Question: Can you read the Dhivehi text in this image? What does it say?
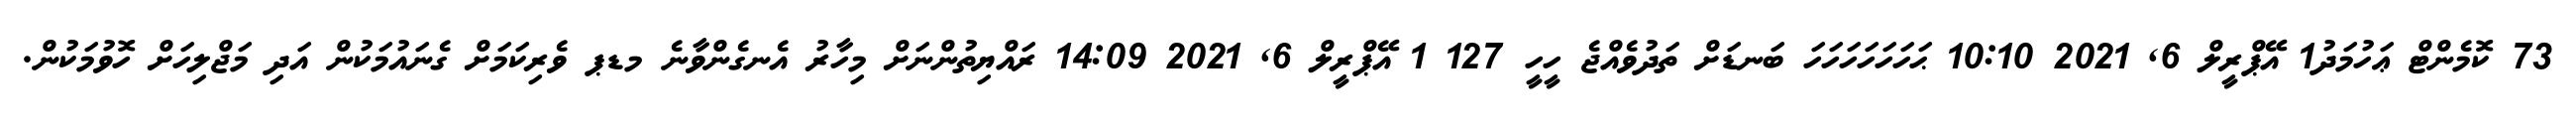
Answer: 73 ކޮމެންޓް ޢަހުމަދު1 އޭޕްރީލް 6, 2021 10:10 ޙަހަހަހަހަހަހަ ބަނޑަށް ތަދުވެއްޖެ ހީހީ 127 1 އޭޕްރީލް 6, 2021 14:09 ރައްޔިތުންނަށް މިހާރު އެނގެންވާނެ މޑޕ ވެރިކަމަށް ގެނައުމަކުން އަދި މަޖްލިހަށް ހޮވުމަކުން.